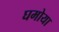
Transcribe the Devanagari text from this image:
घमोया